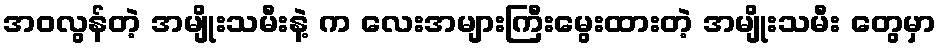
အဝလွန်တဲ့ အမျိုးသမီးနဲ့ က လေးအများကြီးမွေးထားတဲ့ အမျိုးသမီး တွေမှာ